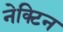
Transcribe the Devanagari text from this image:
नेक्टिन